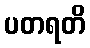
ပတရတိ